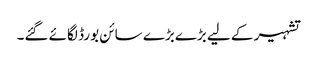
تشہیر کے لیے بڑےبڑے سائن بورڈ لگائے گئے۔